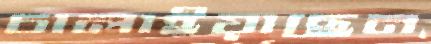
চালাইয়াছেন